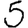
Digit: 5